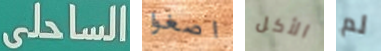
الساحلى اصغوا الأكل لم